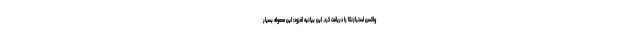
واکسن استرازنکا را دریافت کرد. این بیانیه افزود: این محموله بسیار